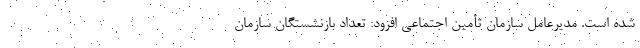
شده است. مدیرعامل سازمان تأمین اجتماعی افزود: تعداد بازنشستگان سازمان